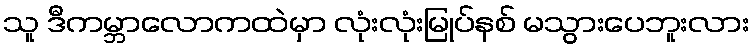
သူ ဒီကမ္ဘာလောကထဲမှာ လုံးလုံးမြုပ်နစ် မသွားပေဘူးလား